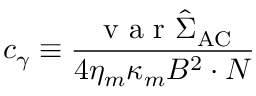
c _ { \gamma } \equiv \frac { \mathrm { ~ v ~ a ~ r ~ } \hat { \Sigma } _ { \mathrm { A C } } } { 4 \eta _ { m } \kappa _ { m } B ^ { 2 } \cdot N }